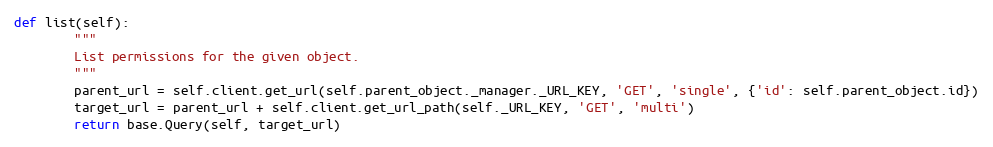
Language: Python
def list(self):
        """
        List permissions for the given object.
        """
        parent_url = self.client.get_url(self.parent_object._manager._URL_KEY, 'GET', 'single', {'id': self.parent_object.id})
        target_url = parent_url + self.client.get_url_path(self._URL_KEY, 'GET', 'multi')
        return base.Query(self, target_url)